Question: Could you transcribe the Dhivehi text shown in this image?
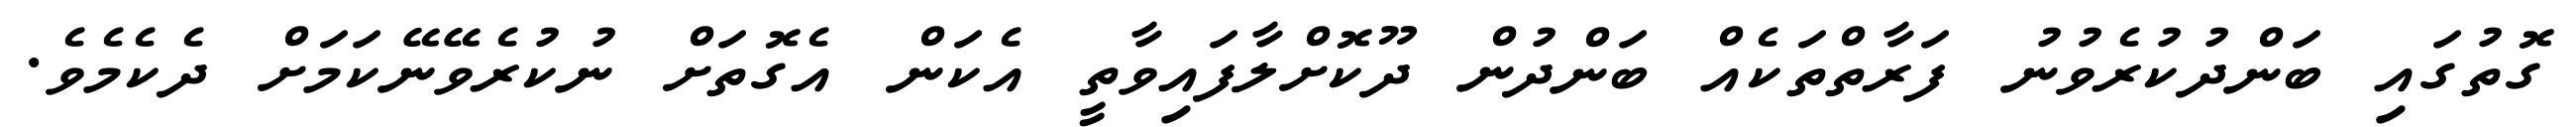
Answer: ގޮތުގައި ބަންދުކުރެވުނު ފަރާތްތަކެއް ބަންދުން ދޫކޮށްލާފައިވާތީ އެކަން އެގޮތަށް ނުކުރެވޭނޭކަމަށް ދެކެމެވެ.